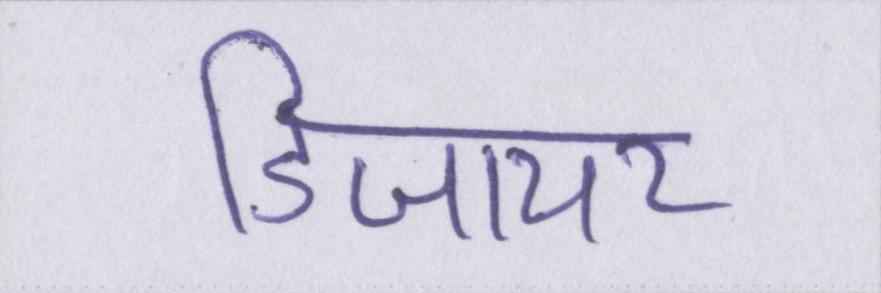
डिजायर